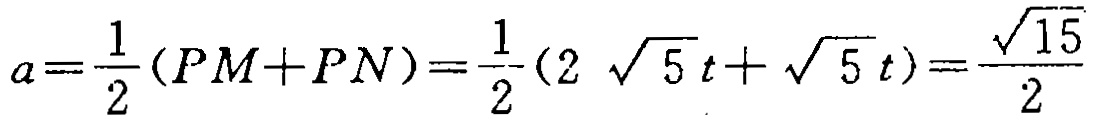
\(a=\frac{1}{2}(PM + PN)=\frac{1}{2}(2\sqrt{5}t+\sqrt{5}t)=\frac{\sqrt{15}}{2}\)